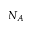
N _ { A }